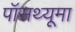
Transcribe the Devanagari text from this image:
पॉसथ्यूमा